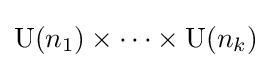
\operatorname {U} (n_{1})\times \cdots \times \operatorname {U} (n_{k})